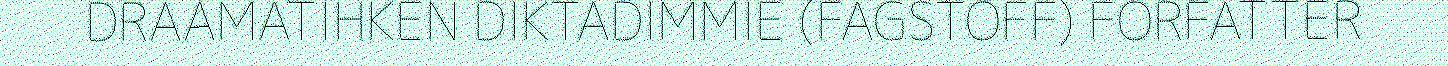
DRAAMATIHKEN DIKTADIMMIE (FAGSTOFF) FORFATTER